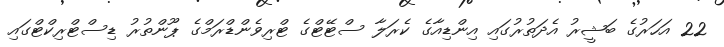
22 އަހަރުގެ ބަޝީރު އެދަތުރުގައި އިންޑިއާގެ ކެރަލާ ސްޓޭޓްގެ ޓްރިވެންޑްރަމްގެ ޕޫންތުރު ޑިސްޓްރިކްޓްގައި